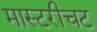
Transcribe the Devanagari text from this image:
मास्टरीचट